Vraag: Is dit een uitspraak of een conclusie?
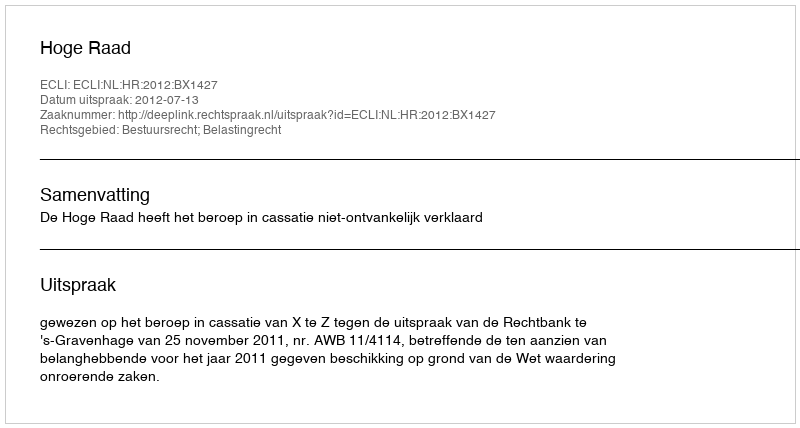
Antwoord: Uitspraak